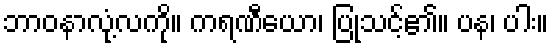
ဘာဝနာလုံ့လကို။ ကရဏီယော၊ ပြုသင့်၏။ ပန၊ ပါး။